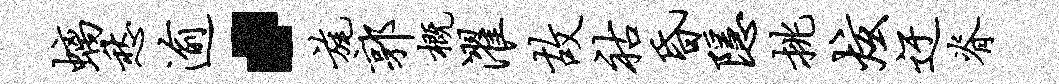
螭愁逾·旄郭概濯故祜昏隐挑炫迂脊